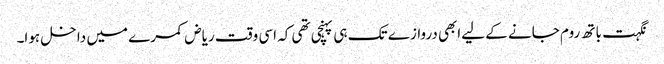
نگہت باتھ روم جانے کے لیےابھی دروازے تک ہی پہنچی تھی کہ اسی وقت ریاض کمرے میں داخل ہوا۔